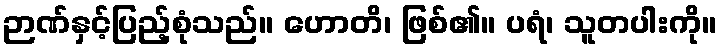
ဉာဏ်နှင့်ပြည့်စုံသည်။ ဟောတိ၊ ဖြစ်၏။ ပရံ၊ သူတပါးကို။